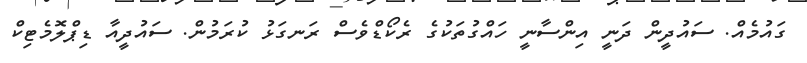
ގައުމެއް. ސައުދީން ދަނީ އިންސާނީ ހައްގުތަކުގެ ރެކޯޑްވެސް ރަނގަޅު ކުރަމުން. ސައުދީއާ ޑިޕްލޮމެޓިކް